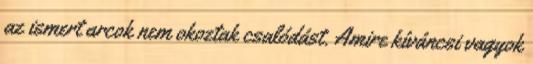
az ismert arcok nem okoztak csalódást. Amire kíváncsi vagyok